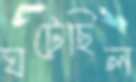
ঘটেছিল